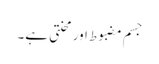
جسم مضبوط اور محنتی ہے۔